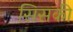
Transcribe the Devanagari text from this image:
सिसकी